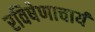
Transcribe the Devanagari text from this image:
रविषेणाचार्य